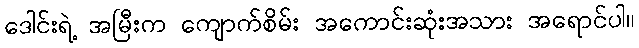
ဒေါင်းရဲ့ အမြီးက ကျောက်စိမ်း အကောင်းဆုံးအသား အရောင်ပါ။